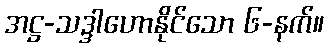
အဋ္ဌ-သဒ္ဒါဟောနိုင်သော ၆-နက်။